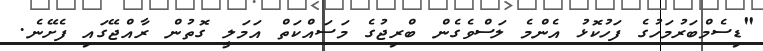
"ޑިސެމްބަރުމަހުގެ ފަހުކޮޅު އެންމެ ލަސްވެގެން ބްރިޖުގެ މަސައްކަތް އަމަލީ ގޮތުން ރާއްޖޭގައި ފެށޭނެ.